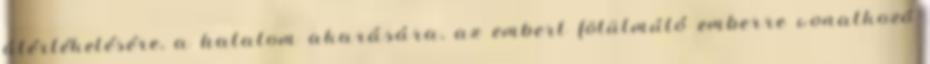
átértékelésére, a hatalom akarására, az embert fölülmúló emberre vonatkozó